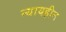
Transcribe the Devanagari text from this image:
न्यायहीन